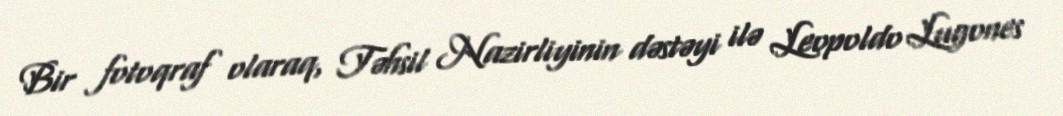
Bir fotoqraf olaraq, Təhsil Nazirliyinin dəstəyi ilə Leopoldo Lugones